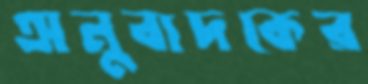
অনুবাদকের